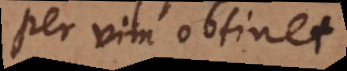
per vim obtinet.